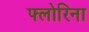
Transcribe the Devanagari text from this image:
फ्लोरिना